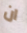
ان